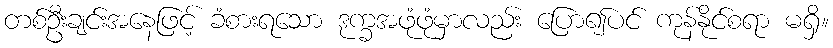
တစ်ဦးချင်းအနေဖြင့် ခံစားရသော ဒုက္ခအဖုံဖုံမှာလည်း ပြော၍ပင် ကုန်နိုင်စရာ မရှိ။